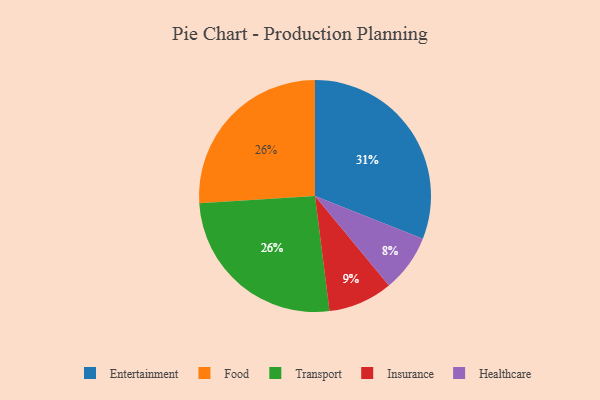
{"axis": {"x": "Category", "y": "Percentage"}, "legend": ["Entertainment", "Food", "Healthcare", "Insurance", "Transport"], "data": [{"x": "Food", "y": 26, "type": "Food"}, {"x": "Entertainment", "y": 31, "type": "Entertainment"}, {"x": "Insurance", "y": 9, "type": "Insurance"}, {"x": "Transport", "y": 26, "type": "Transport"}, {"x": "Healthcare", "y": 8, "type": "Healthcare"}]}